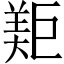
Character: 𱻐